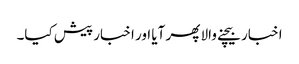
اخبار بیچنے والا پھر آیا اور اخبار پیش کیا۔